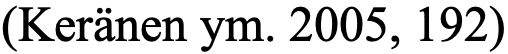
(Keränen ym. 2005, 192)